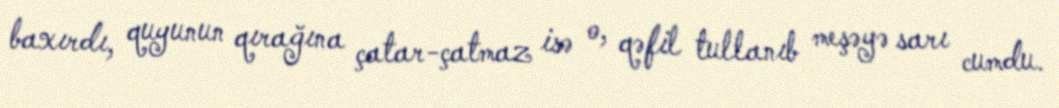
baxırdı, quyunun qırağına çatar-çatmaz isə o, qəfil tullanıb meşəyə sarı cumdu.